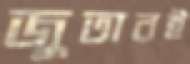
জুতারই